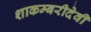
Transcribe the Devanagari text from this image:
शाकम्बरीदेवी